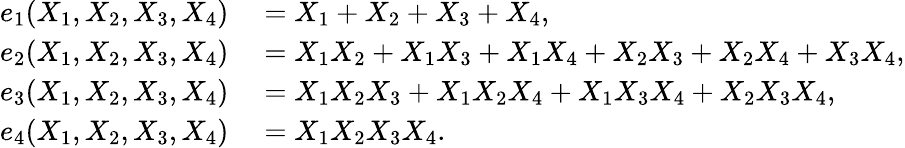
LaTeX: \begin{array}{rl}{e_{1}(X_{1},X_{2},X_{3},X_{4})}&{{}=X_{1}+X_{2}+X_{3}+X_{4},}\\ {e_{2}(X_{1},X_{2},X_{3},X_{4})}&{{}=X_{1}X_{2}+X_{1}X_{3}+X_{1}X_{4}+X_{2}X_{3}+X_{2}X_{4}+X_{3}X_{4},}\\ {e_{3}(X_{1},X_{2},X_{3},X_{4})}&{{}=X_{1}X_{2}X_{3}+X_{1}X_{2}X_{4}+X_{1}X_{3}X_{4}+X_{2}X_{3}X_{4},}\\ {e_{4}(X_{1},X_{2},X_{3},X_{4})}&{{}=X_{1}X_{2}X_{3}X_{4}.\, }\end{array}